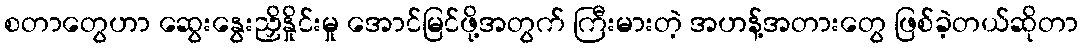
စတာတွေဟာ ဆွေးနွေးညှိနှိုင်းမှု အောင်မြင်ဖို့အတွက် ကြီးမားတဲ့ အဟန့်အတားတွေ ဖြစ်ခဲ့တယ်ဆိုတာ